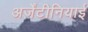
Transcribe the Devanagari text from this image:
अर्जेंटीनियाई